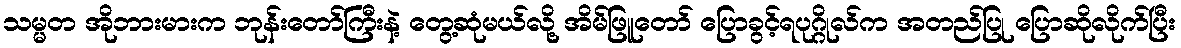
သမ္မတ အိုဘားမားက ဘုန်းတော်ကြီးနဲ့ တွေ့ဆုံမယ်လို့ အိမ်ဖြူတော် ပြောခွင့်ရပုဂ္ဂိုလ်က အတည်ပြု ပြောဆိုလိုက်ပြီး